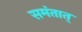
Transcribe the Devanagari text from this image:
समंतात्